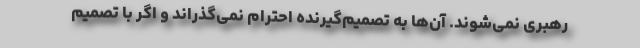
رهبری نمی‌شوند. آن‌ها به تصمیم‌گیرنده احترام نمی‌گذراند و اگر با تصمیم